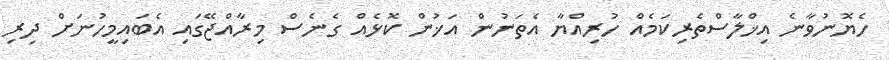
ހެޔޮނުވާނެ އިޚްލާސްތެރިކަމެއް ހުރިއްޔާ އެތަނުން އަޚުން ކޮޅެއް ގެނެސް މިރާއްޖޭގައި އެބައިމީހުނަށް ދިރި